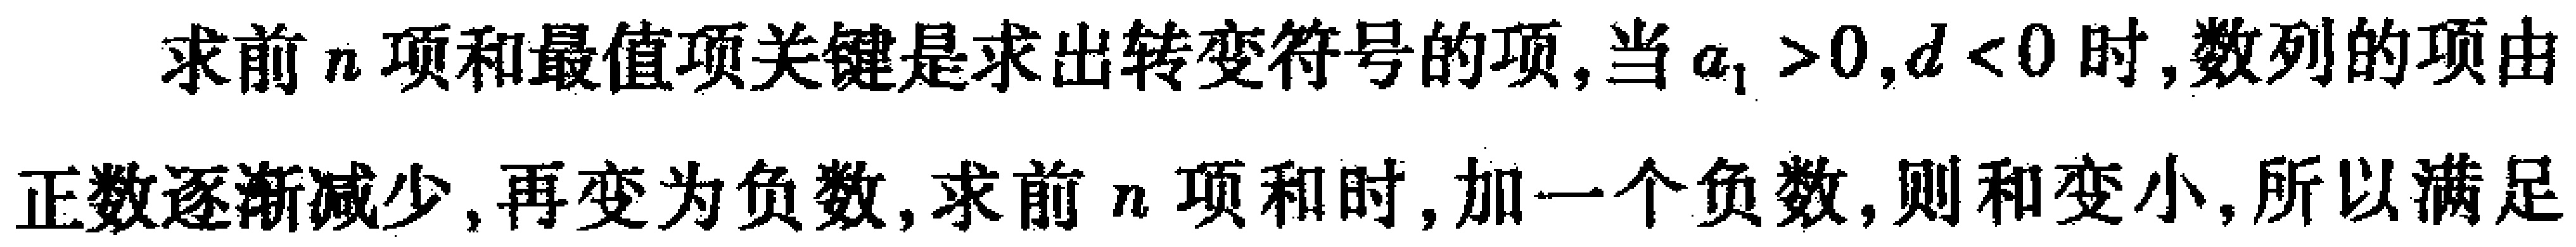
求前\(n\)项和最值项关键是求出转变符号的项, 当\(a_{1}>0,d<0\)时, 数列的项由正数逐渐减少, 再变为负数, 求前\(n\)项和时, 加一个负数, 则和变小, 所以满足